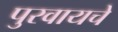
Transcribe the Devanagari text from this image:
पुरवायचे